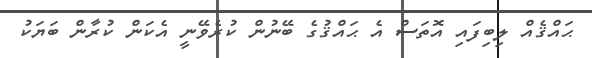
ޙައްޤެއް ލިބިފައި އޮތަސް އެ ޙައްޤުގެ ބޭނުން ކުރެވޭނީ އެކަން ކުރާން ބަޔަކު